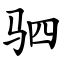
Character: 驷